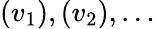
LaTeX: (v_{1}),(v_{2}),\ldots